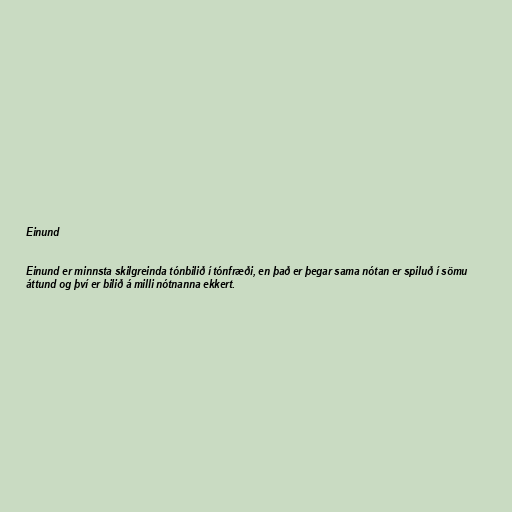
Einund

Einund er minnsta skilgreinda tónbilið í tónfræði, en það er þegar sama nótan er spiluð í sömu
áttund og því er bilið á milli nótnanna ekkert.